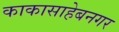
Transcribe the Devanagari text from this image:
काकासाहेबनगर